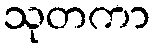
သုတကာ